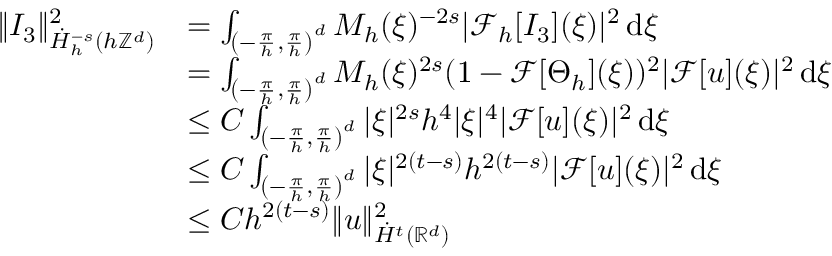
\begin{array} { r l } { \| I _ { 3 } \| _ { \dot { H } _ { h } ^ { - s } ( h \mathbb { Z } ^ { d } ) } ^ { 2 } } & { = \int _ { \left( - \frac { \pi } { h } , \frac { \pi } { h } \right) ^ { d } } M _ { h } ( \xi ) ^ { - 2 s } | \mathcal { F } _ { h } [ I _ { 3 } ] ( \xi ) | ^ { 2 } \, \mathrm { d } \xi } \\ & { = \int _ { \left( - \frac { \pi } { h } , \frac { \pi } { h } \right) ^ { d } } M _ { h } ( \xi ) ^ { 2 s } ( 1 - \mathcal { F } [ \Theta _ { h } ] ( \xi ) ) ^ { 2 } | \mathcal { F } [ u ] ( \xi ) | ^ { 2 } \, \mathrm { d } \xi } \\ & { \le C \int _ { \left( - \frac { \pi } { h } , \frac { \pi } { h } \right) ^ { d } } | \xi | ^ { 2 s } h ^ { 4 } | \xi | ^ { 4 } | \mathcal { F } [ u ] ( \xi ) | ^ { 2 } \, \mathrm { d } \xi } \\ & { \le C \int _ { \left( - \frac { \pi } { h } , \frac { \pi } { h } \right) ^ { d } } | \xi | ^ { 2 ( t - s ) } h ^ { 2 ( t - s ) } | \mathcal { F } [ u ] ( \xi ) | ^ { 2 } \, \mathrm { d } \xi } \\ & { \le C h ^ { 2 ( t - s ) } \| u \| _ { \dot { H } ^ { t } ( \mathbb { R } ^ { d } ) } ^ { 2 } } \end{array}